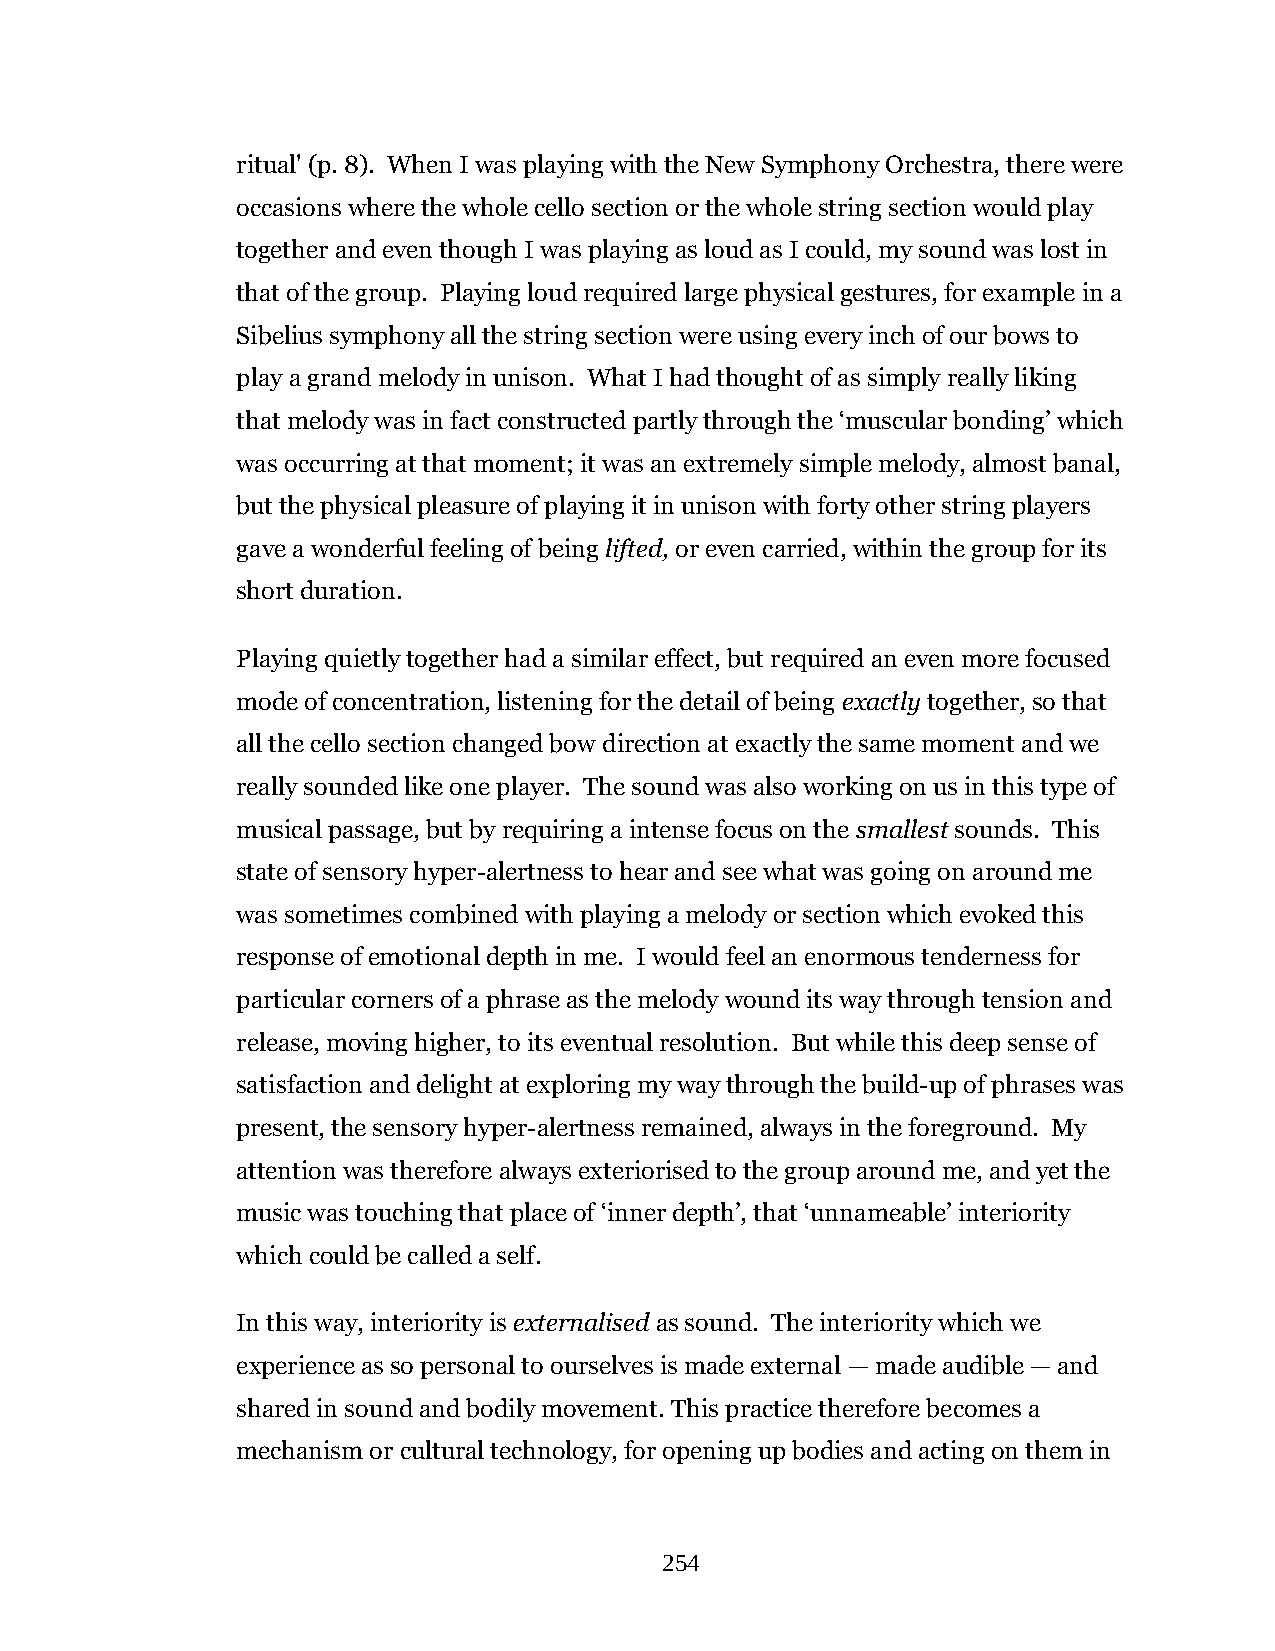
ritual' (p. 8). When I was playing with the New Symphony Orchestra, there were
 occasions where the whole cello section or the whole string section would play
 together and even though I was playing as loud as I could, my sound was lost in
 that of the group. Playing loud required large physical gestures, for example in a
 Sibelius symphony all the string section were using every inch of our bows to
 play a grand melody in unison. What I had thought of as simply really liking
 that melody was in fact constructed partly through the ‘muscular bonding’ which
 was occurring at that moment; it was an extremely simple melody, almost banal,
 but the physical pleasure of playing it in unison with forty other string players
 gave a wonderful feeling of being lifted, or even carried, within the group for its
 short duration.
 Playing quietly together had a similar effect, but required an even more focused
 mode of concentration, listening for the detail of being exactly together, so that
 all the cello section changed bow direction at exactly the same moment and we
 really sounded like one player. The sound was also working on us in this type of
 musical passage, but by requiring a intense focus on the smallest sounds. This
 state of sensory hyper-alertness to hear and see what was going on around me
 was sometimes combined with playing a melody or section which evoked this
 response of emotional depth in me. I would feel an enormous tenderness for
 particular corners of a phrase as the melody wound its way through tension and
 release, moving higher, to its eventual resolution. But while this deep sense of
 satisfaction and delight at exploring my way through the build-up of phrases was
 present, the sensory hyper-alertness remained, always in the foreground. My
 attention was therefore always exteriorised to the group around me, and yet the
 music was touching that place of ‘inner depth’, that ‘unnameable’ interiority
 which could be called a self.
 In this way, interiority is externalised as sound. The interiority which we
 experience as so personal to ourselves is made external — made audible — and
 shared in sound and bodily movement. This practice therefore becomes a
 mechanism or cultural technology, for opening up bodies and acting on them in
 254